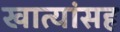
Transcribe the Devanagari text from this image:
खात्यांसह